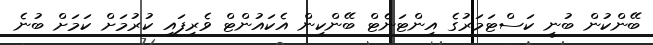
ބޭންކުން ބުނީ ކަސްޓަމަރުގެ އިންޓަނެޓް ބޭންކިން އެކައުންޓް ވެރިފައި ކުރުމަށް ކަމަށް ބުނެ